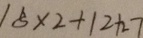
1 8 \times 2 + 1 2 + 2 7